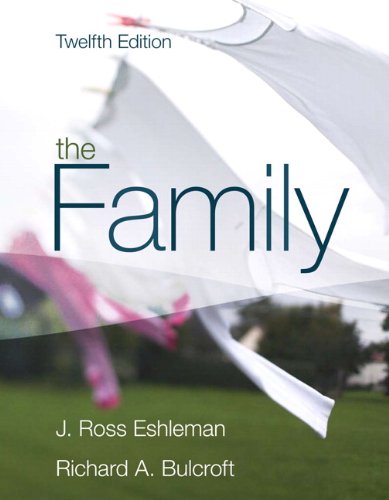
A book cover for The Family (12th Edition); J. Ross Eshleman; Politics & Social Sciences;